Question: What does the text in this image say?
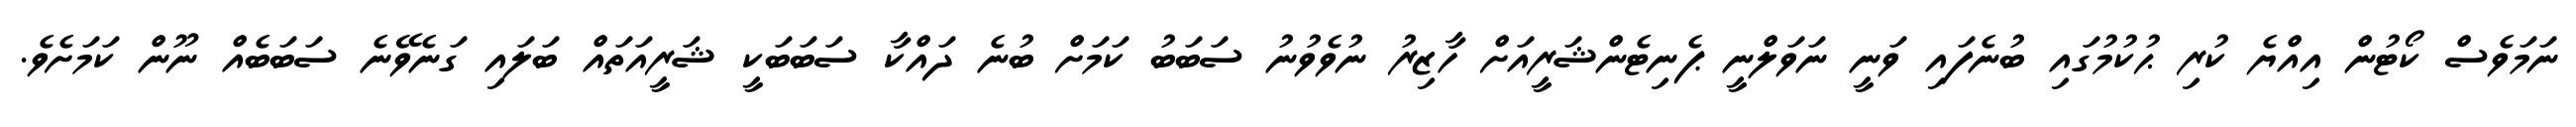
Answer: ނަމަވެސް ކޯޓުން އިއްޔެ ކުރި ޙުކުމުގައި ބުނެފައި ވަނީ ނަވަލްނީ ޕެނިޓެންޝަރީއަށް ހާޒިރު ނުވެވުނު ސަބަބު ކަމަށް ބުނެ ދައްކާ ސަބަބަކީ ޝަރީއަތައް ބަލައި ގަނެވޭނެ ސަބަބެއް ނޫން ކަމަށެވެ.